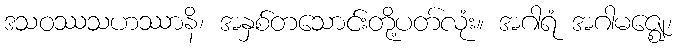
ဒသဝဿသဟဿာနိ၊ အနှစ်တသောင်းတို့ပတ်လုံး။ အဂါရံ အဂါမဇ္ဈေ၊